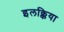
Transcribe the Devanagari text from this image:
इलक्किया